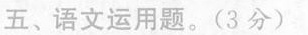
五、语文运用题。(3分)